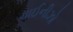
ચાઈનીઝો